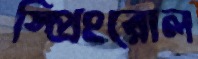
স্প্রিংরোল